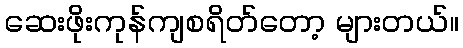
ဆေးဖိုးကုန်ကျစရိတ်တော့ များတယ်။